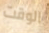
الوقت